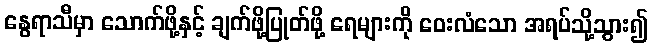
နွေရာသီမှာ သောက်ဖို့နှင့် ချက်ဖို့ပြုတ်ဖို့ ရေများကို ဝေးလံသော အရပ်သို့သွား၍